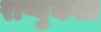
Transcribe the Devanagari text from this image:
राष्युकता